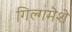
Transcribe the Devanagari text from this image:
गिल्गमेशे